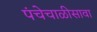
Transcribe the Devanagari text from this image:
पंचेचाळीसावा